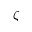
\zeta